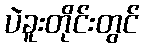
ပဲခူးတိုင်းတွင်